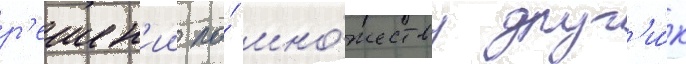
р'ешен'ии по́ мно́жеству друг'и́х